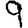
Digit: 9